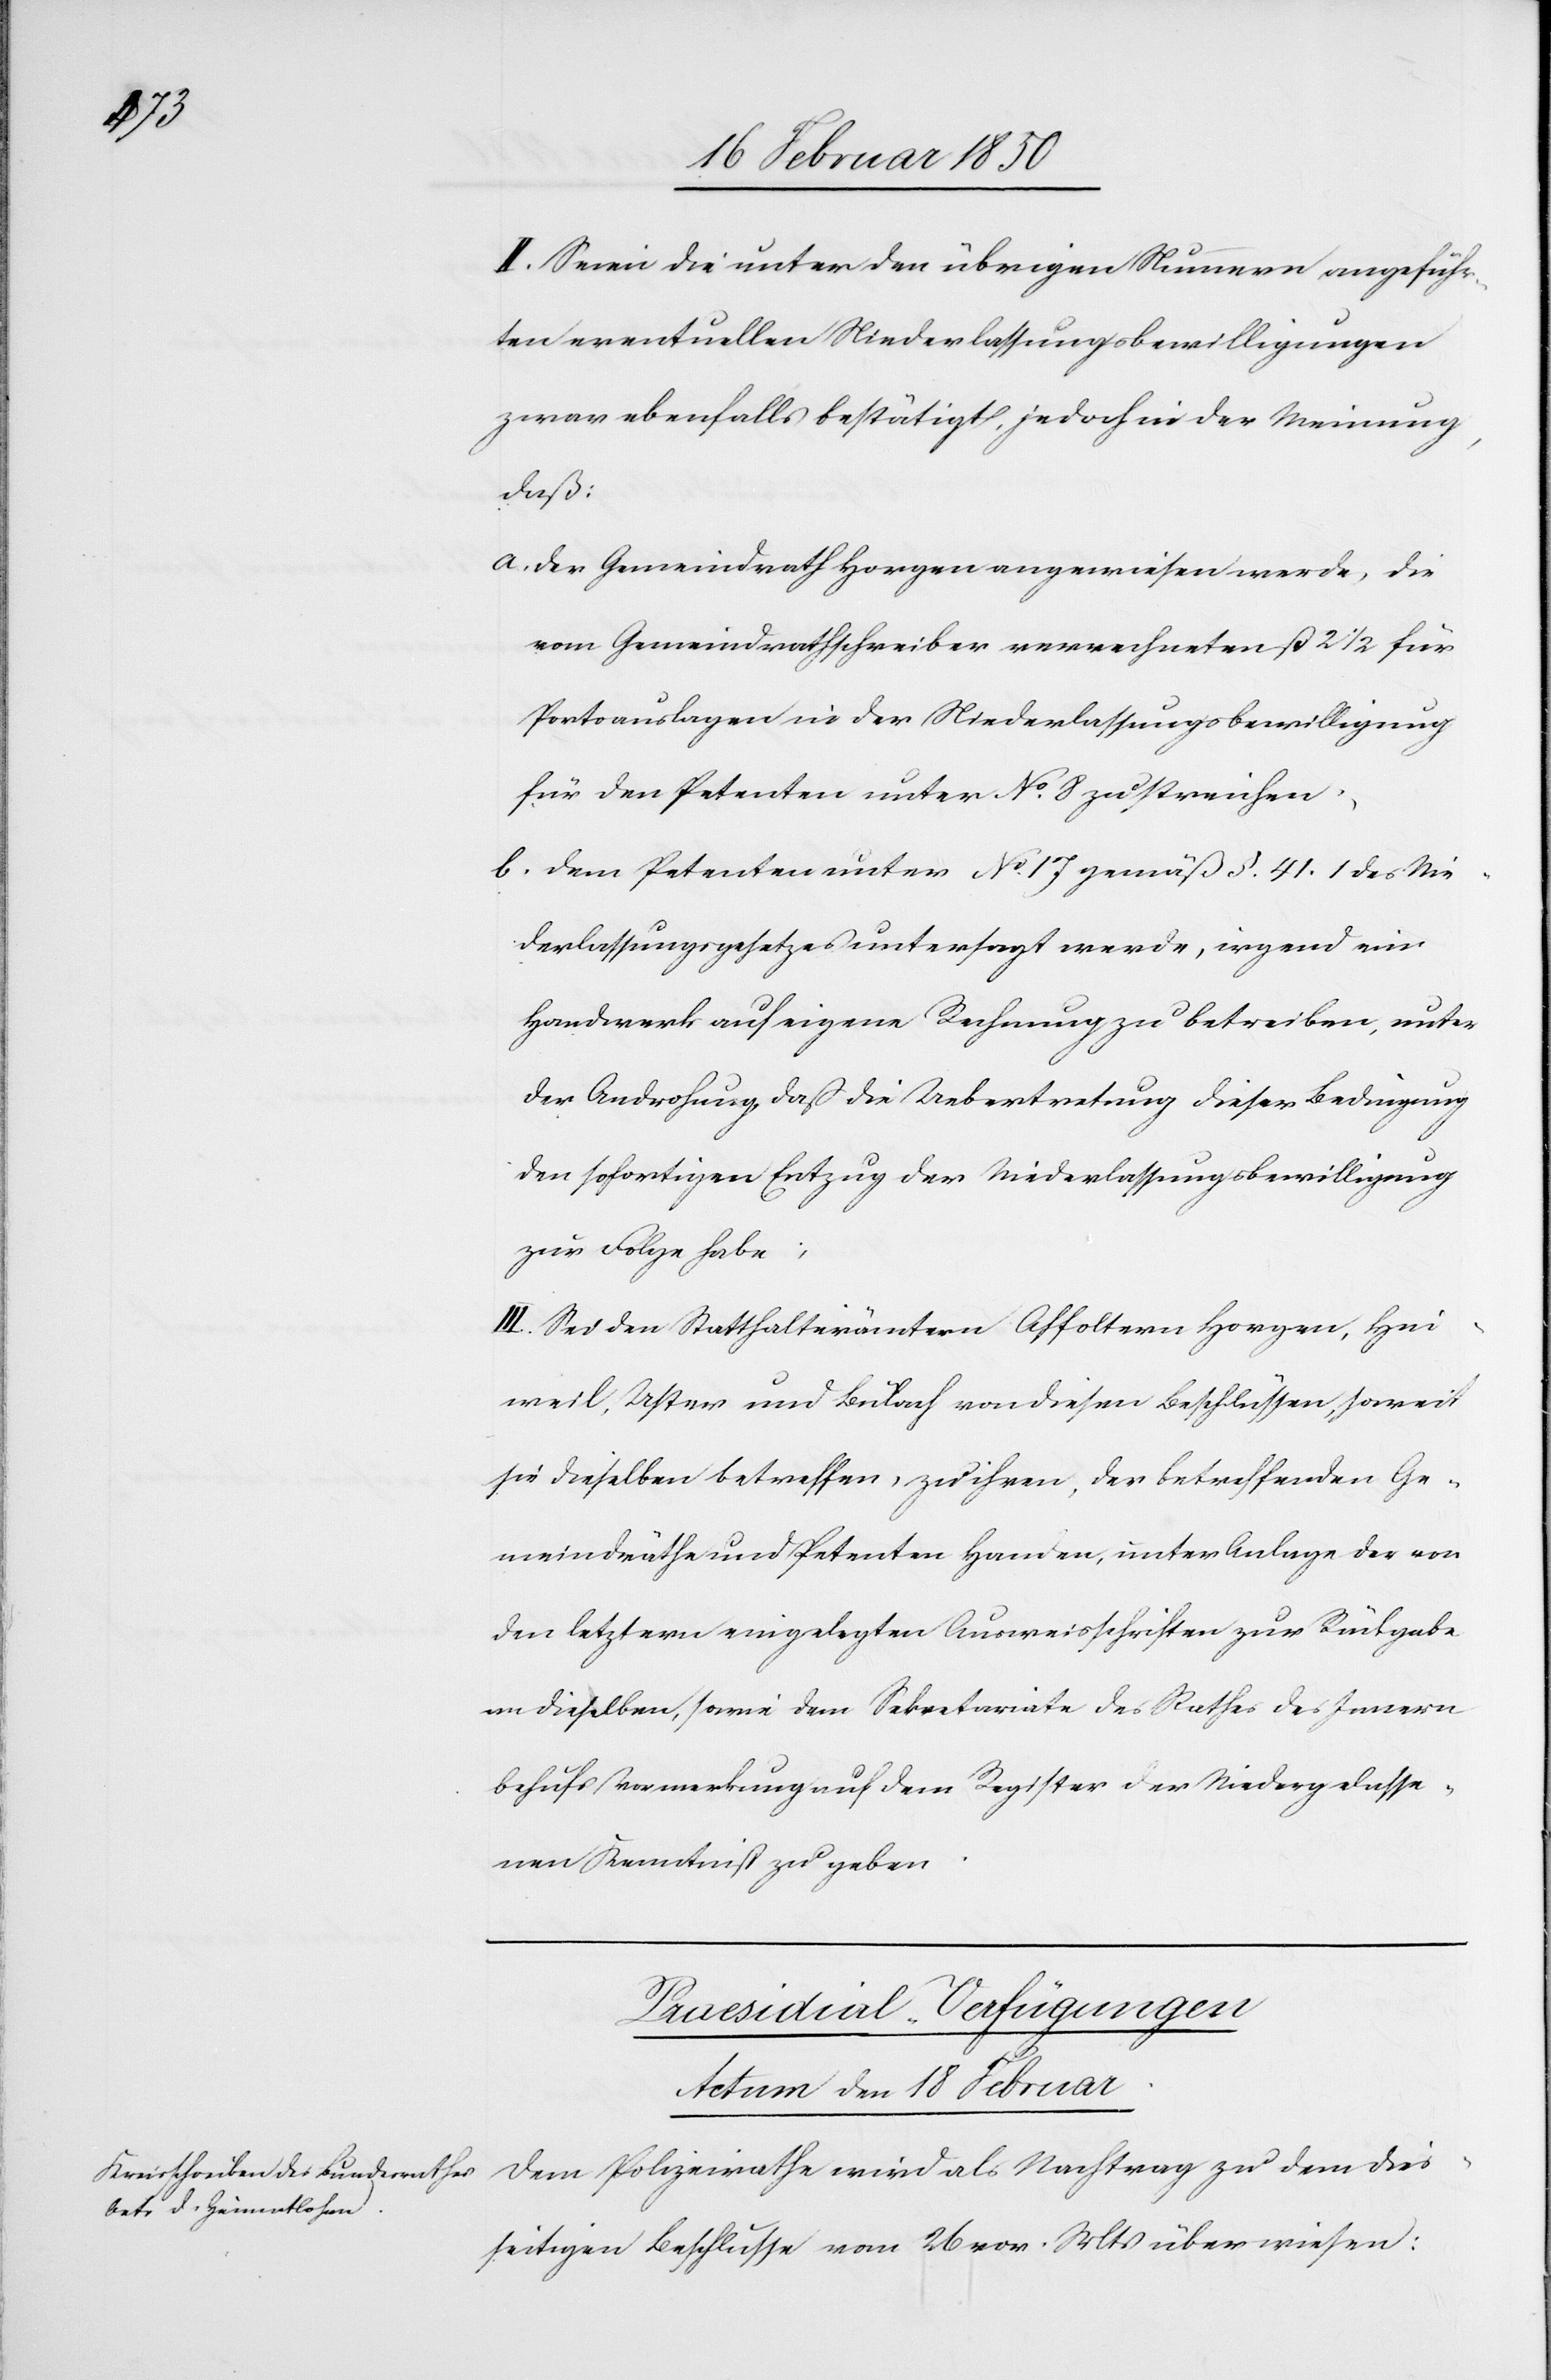
II. Seien die unter den übrigen Nummern angeführ¬
ten eventuellen Niederlassungsbewilligungen
zwar ebenfalls bestätigt, jedoch in der Meinung,
daß:
a. Der Gemeindrath Horgen angewiesen werde, die
vom Gemeindrathschreiber verrechneten ß 2 1/2 für
Portoauslagen in der Niederlassungsbewilligung
für den Petenten unter No 8 zu streichen;
b. Dem Petenten unter No 17 gemäß §. 41. 1 des Nie¬
derlassungsgesetzes untersagt werde, irgend ein
Handwerk auf eigene Rechnung zu betreiben, unter
der Androhung, daß die Uebertretung dieser Bedingung
den sofortigen Entzug der Niederlassungsbewilligung
zur Folge habe;
zu dem
III. Sei den Statthalterämtern Affoltern[,] Horgen, Hin¬
weil, Uster und Bülach von diesen Beschlüssen, soweit
sie dieselben betreffen, zu ihren, der betreffenden Ge¬
meindräthe und Petenten Handen, unter Anlage der von
den letztern eingelegten Ausweisschriften zur Rückgabe
an dieselben, sowie dem Sekretariate des Rathes des Innern
behufs Vormerkung auf dem Register der Niedergelasse¬
nen Kenntniß zu geben.
Præsidial-Verfügungen
Actum den 18 Februar.
seitigen Beschlusse vom 26 vor. Mts überwiesen:

dies¬